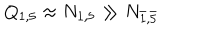
Q _ { 1 , 5 } \approx N _ { 1 , 5 } \gg N _ { \bar { 1 } , \bar { 5 } }